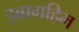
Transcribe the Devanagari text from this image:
इब्रागहिम